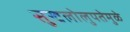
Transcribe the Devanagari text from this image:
सुखलोलुपतेमुळे